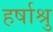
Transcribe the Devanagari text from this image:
हर्षाश्रु